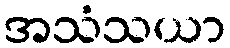
အသံသယာ